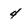
Character: 4